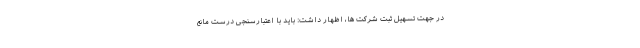
در جهت تسهیل ثبت شرکت ها، اظهار داشت: باید با اعتبارسنجی درست مانع